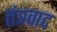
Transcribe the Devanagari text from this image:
तंत्रवाद